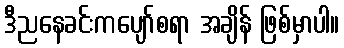
ဒီညနေခင်းကပျော်စရာ အချိန် ဖြစ်မှာပါ။